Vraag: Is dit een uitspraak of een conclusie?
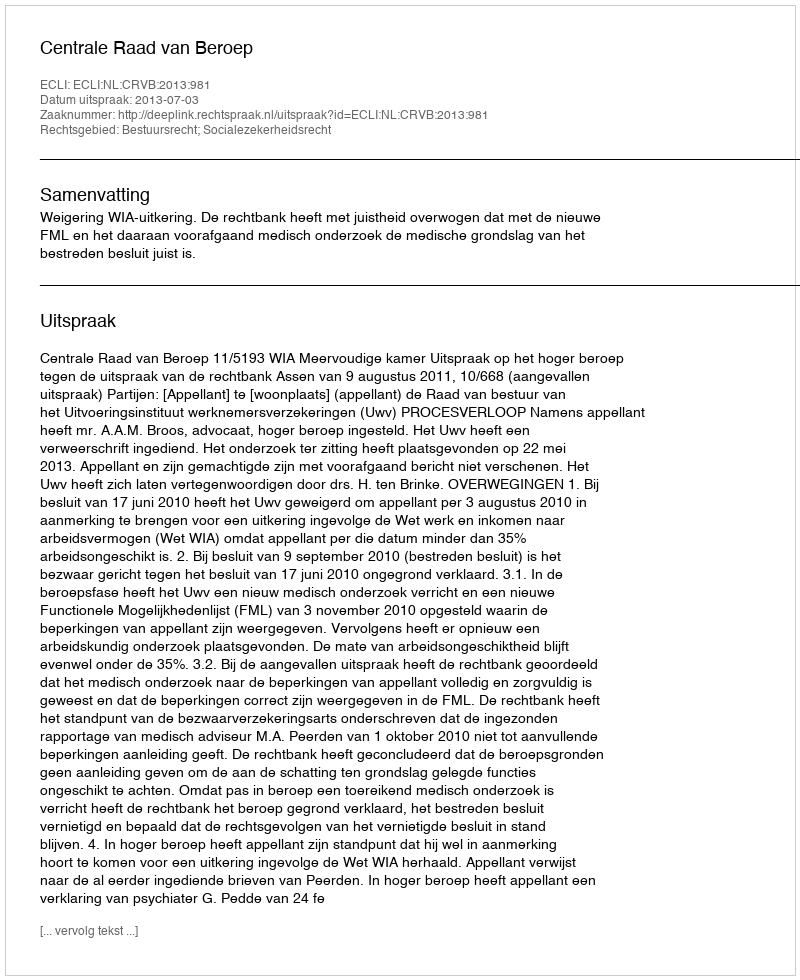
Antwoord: Uitspraak